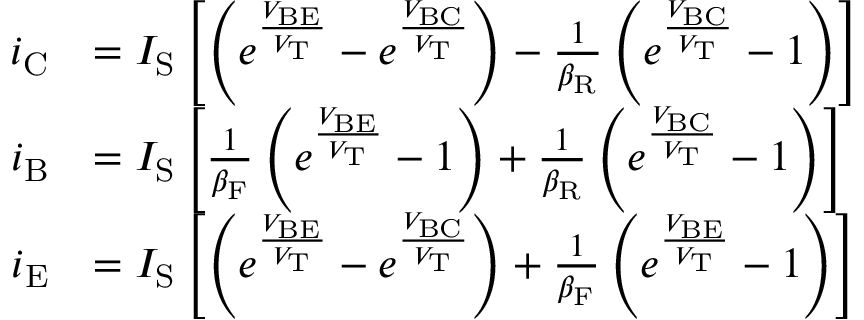
{ \begin{array} { r l } { i _ { \mathrm { C } } } & { = I _ { \mathrm { S } } \left[ \left( e ^ { \frac { V _ { \mathrm { B E } } } { V _ { \mathrm { T } } } } - e ^ { \frac { V _ { \mathrm { B C } } } { V _ { \mathrm { T } } } } \right) - { \frac { 1 } { \beta _ { \mathrm { R } } } } \left( e ^ { \frac { V _ { \mathrm { B C } } } { V _ { \mathrm { T } } } } - 1 \right) \right] } \\ { i _ { \mathrm { B } } } & { = I _ { \mathrm { S } } \left[ { \frac { 1 } { \beta _ { \mathrm { F } } } } \left( e ^ { \frac { V _ { \mathrm { B E } } } { V _ { \mathrm { T } } } } - 1 \right) + { \frac { 1 } { \beta _ { \mathrm { R } } } } \left( e ^ { \frac { V _ { \mathrm { B C } } } { V _ { \mathrm { T } } } } - 1 \right) \right] } \\ { i _ { \mathrm { E } } } & { = I _ { \mathrm { S } } \left[ \left( e ^ { \frac { V _ { \mathrm { B E } } } { V _ { \mathrm { T } } } } - e ^ { \frac { V _ { \mathrm { B C } } } { V _ { \mathrm { T } } } } \right) + { \frac { 1 } { \beta _ { \mathrm { F } } } } \left( e ^ { \frac { V _ { \mathrm { B E } } } { V _ { \mathrm { T } } } } - 1 \right) \right] } \end{array} }